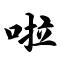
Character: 啦